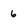
Character: 6